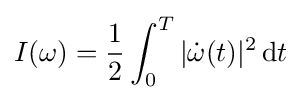
I(\omega )={\frac {1}{2}}\int _{0}^{T}|{\dot {\omega }}(t)|^{2}\,\mathrm {d} t